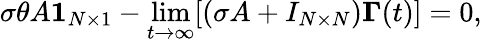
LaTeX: \sigma\theta A\boldsymbol{1}_{N\times 1}-\operatorname*{lim}_{t\to\infty}[(\sigma A+I_{N\times N})\boldsymbol{\Gamma}(t)]=0,